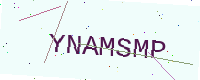
Text: YNAMSMP